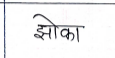
मजकूर: झोका